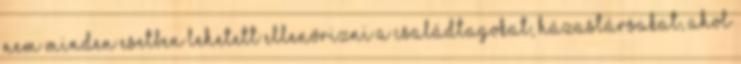
nem minden esetben lehetett ellenőrizni a családtagokat, házastársakat, ahol